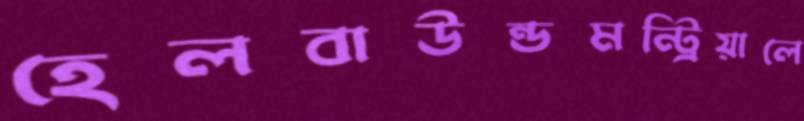
হেলবাউন্ডমন্ট্রিয়ালে